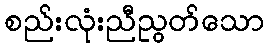
စည်းလုံးညီညွတ်သော